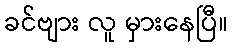
ခင်ဗျား လူ မှားနေပြီ။